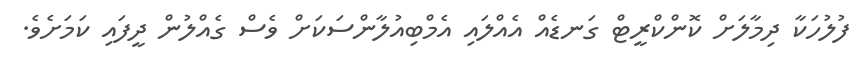
ފުލުހަކާ ދިމާލަށް ކޮންކްރީޓް ގަނޑެއް އެއްލައި އެމްބިއުލާންސަކަށް ވެސް ގެއްލުން ދީފައި ކަމަށެވެ.